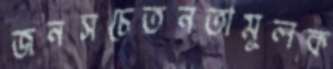
জনসচেতনতামূলক